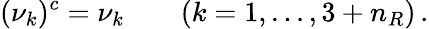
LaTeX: (\nu_{k})^{c}=\nu_{k}\qquad(k=1,\ldots,3+n_{R})\, .